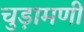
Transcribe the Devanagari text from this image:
चुड़ामणी